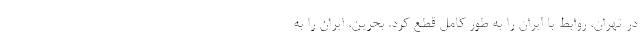
در تهران، روابط با ایران را به طور کامل قطع کرد. بحرین، ایران را به